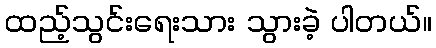
ထည့်သွင်းရေးသား သွားခဲ့ ပါတယ်။